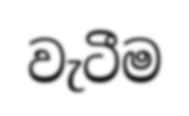
වැටීම